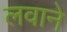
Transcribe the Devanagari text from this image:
लवाने